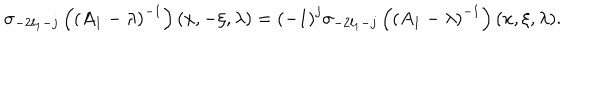
\sigma _ { - 2 l _ { 1 } - j } \left( \left( A _ { 1 } - \lambda \right) ^ { - 1 } \right) ( x , - \xi , \lambda ) = \left( - 1 \right) ^ { j } \sigma _ { - 2 l _ { 1 } - j } \left( \left( A _ { 1 } - \lambda \right) ^ { - 1 } \right) ( x , \xi , \lambda ) .